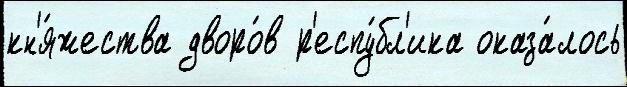
кн'я́жества дворо́в р'еспу́бл'ика оказа́лось